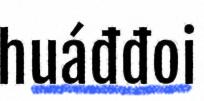
huáđđoi